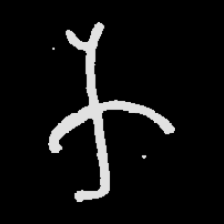
Pyu character \u2014 Myanmar letter: က (romanized: ka)